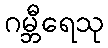
ဂမ္ဘီရေသု